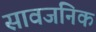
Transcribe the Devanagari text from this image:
सावजनिक